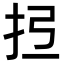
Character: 𢪕